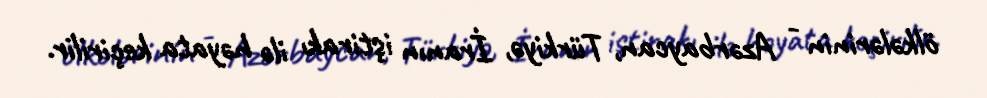
ölkələrinin - Azərbaycan, Türkiyə, İranın iştirakı ilə həyata keçirilir.